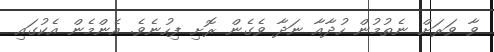
ވާ ވަރަށް ނެތުމުން ހުދާއާ ނަދާ ވެގެން ރޮށި ފިހުނެވެ. އެންމެން އެކުގައި